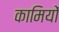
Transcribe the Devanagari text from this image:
कामियों